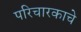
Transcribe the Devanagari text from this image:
परिचारकाचे